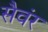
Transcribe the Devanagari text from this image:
सैवंर